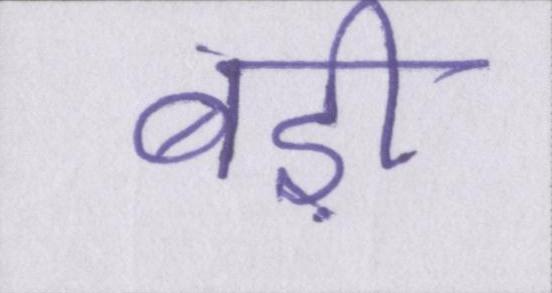
बड़ी